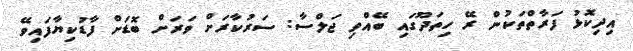
އިދިކޮޅު ފަރާތްތަކުން ރޭ ހިތަދޫގައި ބޭއްވި ޖަލްސާ: ސަރުކާރަށް ވަރަށް ބޮޑަށް ފާޑުކިޔާފައިވޭ